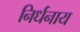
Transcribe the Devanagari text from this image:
निर्धनाय